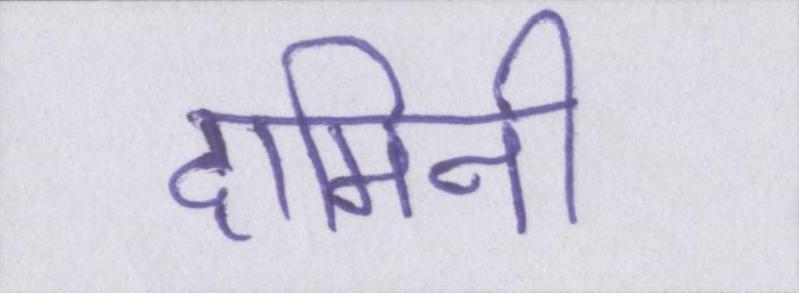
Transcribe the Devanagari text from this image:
दामिनी